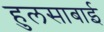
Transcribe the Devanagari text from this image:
हुलसाबाई